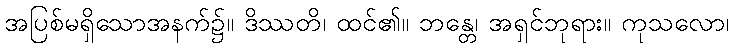
အပြစ်မရှိသောအနက်၌။ ဒိဿတိ၊ ထင်၏။ ဘန္တေ၊ အရှင်ဘုရား။ ကုသလော၊